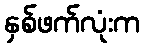
နှစ်ဖက်လုံးက